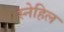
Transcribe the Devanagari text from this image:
स्नेहिल